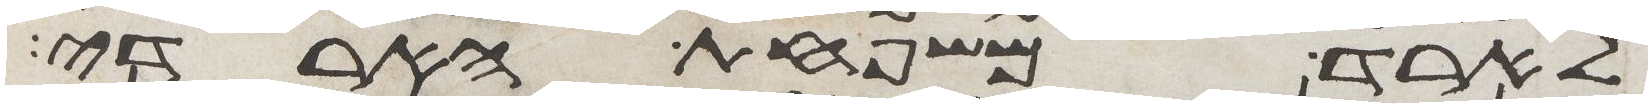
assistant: לארד משפחת הארדי